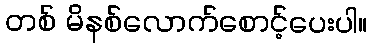
တစ် မိနစ်လောက်စောင့်ပေးပါ။